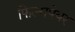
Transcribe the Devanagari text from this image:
फिल्मपेयर